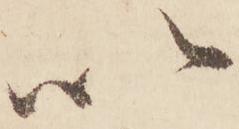
以